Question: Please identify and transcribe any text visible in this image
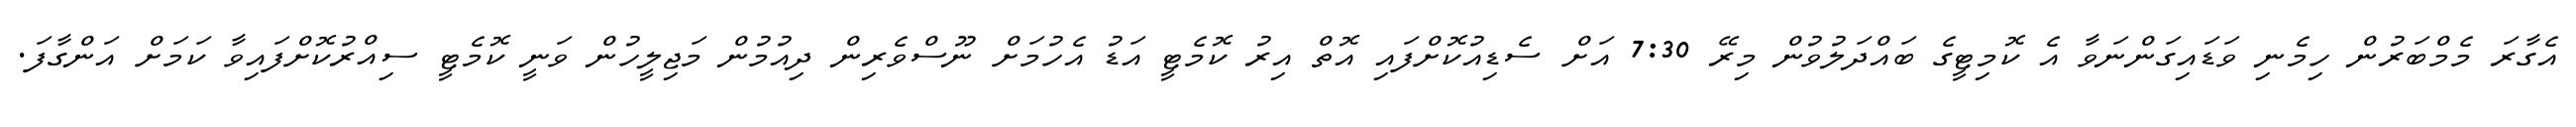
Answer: އެގާރަ މެމްބަރުން ހިމެނި ވަޑައިގަންނަވާ އެ ކޮމިޓީގެ ބައްދަލުވުން މިރޭ 7:30 އަށް ސެޑިއުކޮށްފައި އޮތް އިރު ކޮމެޓީ އަޑު އެހުމަށް ނޫސްވެރިން ދިއުމުން މަޖިލީހުން ވަނީ ކޮމެޓީ ސިއްރުކޮށްފައިވާ ކަމަށް އަންގާފަ.